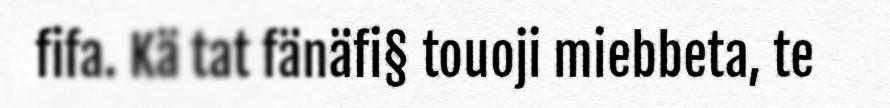
fifa. Kä tat fänäfi§ touoji miebbeta, te